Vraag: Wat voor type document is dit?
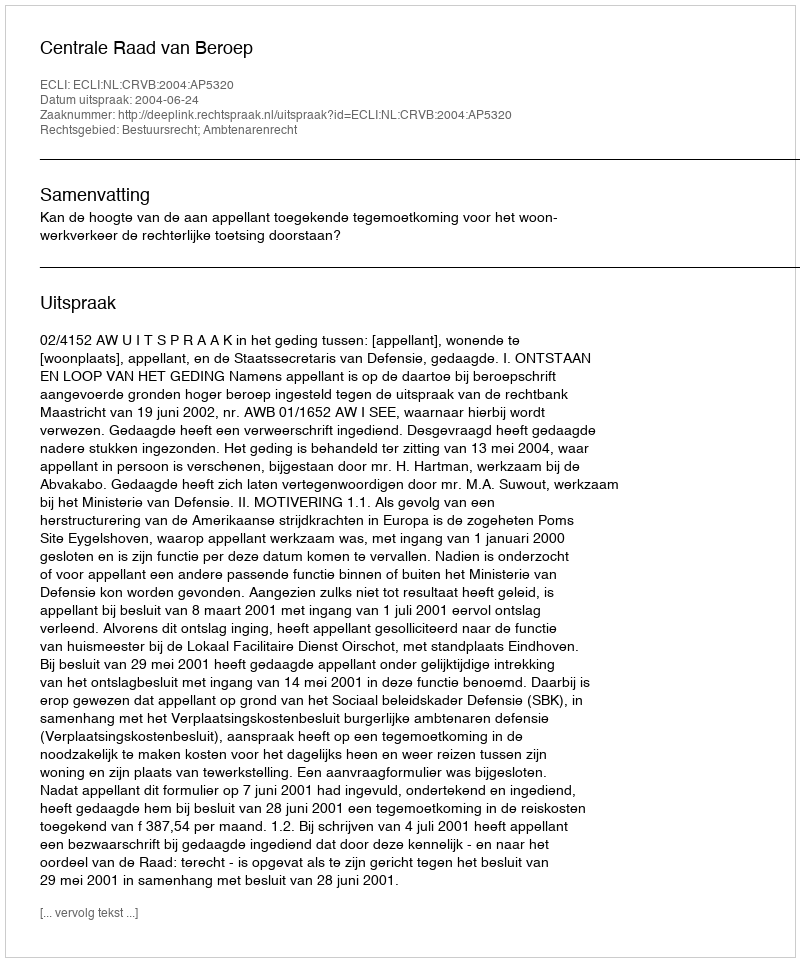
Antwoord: Uitspraak